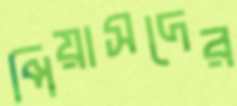
পিয়াসদের